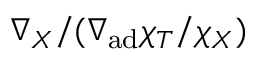
\nabla _ { X } / ( \nabla _ { \mathrm { a d } } \chi _ { T } / \chi _ { X } )